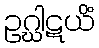
ဥဂ္ဃါဋယိံ